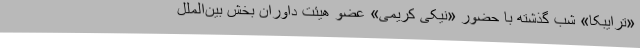
«ترایبکا» شب گذشته با حضور «نیکی کریمى» عضو هیئت داوران بخش بین‌الملل